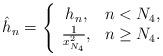
LaTeX: \begin{align*}\hat h_n=\left \{ \begin{array}{cc} h_n, & n<N_4, \\ \frac 1{x^2_{N_4}}, & n\ge N_4. \end{array}\right.\end{align*}